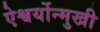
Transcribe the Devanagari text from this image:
ऐश्वर्योन्मुखी